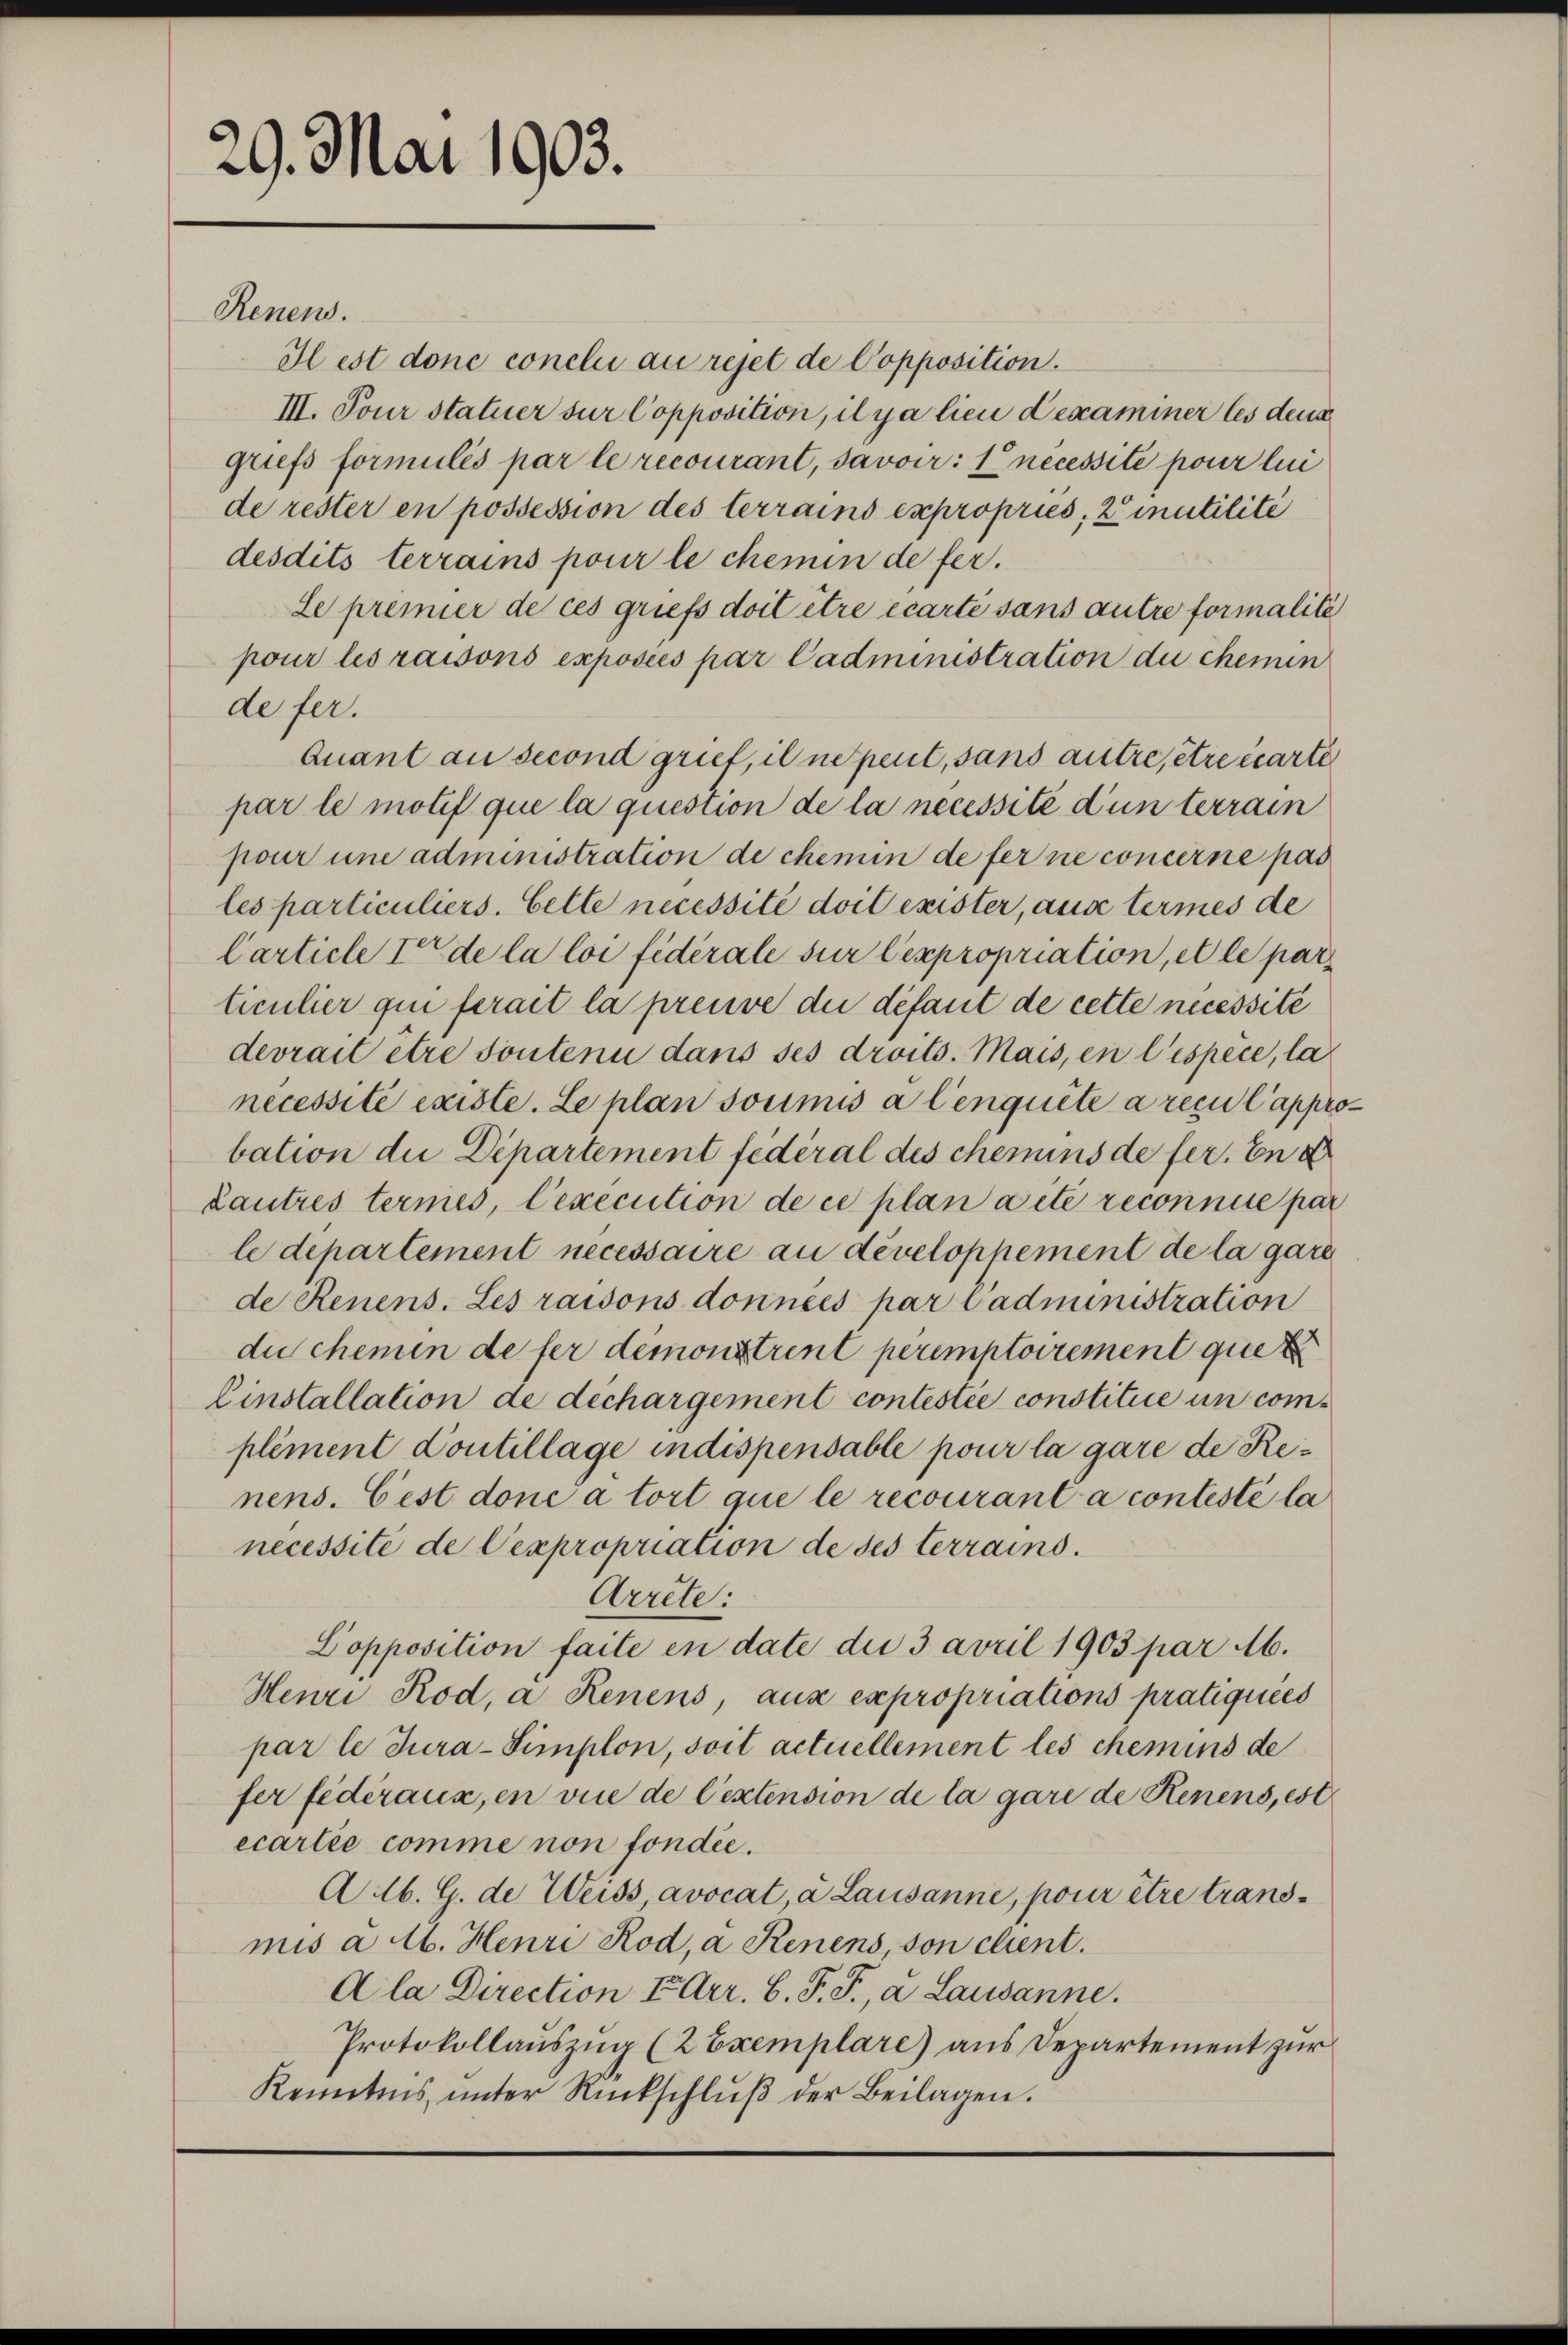
29. Mai 1903.

Renens.

Hest donc conclu au rejet de Copposition.
III. Pour statuer sur Copposition, il y a lieu dexaminer les deus
griefs formulés par le recourant, savoir: 1° nécessite pour lei
de rester en possession des terrains expropries, Zinutilité
desdits terrains pour le chemin de fer¬
Le premier de ces griefs doit être écarte sans autre formalité
pour les raisons exposées par Cadministration du chemin
de fer.
Quant au second grief, il ne peut, sans autre, être carte
par le motif que la question de la necessité dunterrain
pour und administration de chemin de ferne concerne pas
les particuliers. Celle necessité doit exister, aus termes de
Carticle I de la loi fédérale sur lexpropriation, et le par
ticulier qui ferait la preuve du défaut de cette necessité
devrait être soutenu dans ses droits. Mais, en l’espèce, la
necessité existe. Le plan soumis à lenquête a reçu l’approbation die Departement fédéral des chemins de fer. End
Lautres termes, Cexecution de ce plan aite reconnue par
le departement necessaire an developpement de la gare
de Renens. Les raisons données par Cadministration
du chemen de fer demonstrent peremptoirement que
Einstallation de déchargement contestie constitue in complement Contillage indispensable pour la gare de Renens. Cest done a tort que le recourant à contesté la
necessité de Cexpropriation de ses terrains.
Arrête:
Dopposition faile in date die 3 avril 1903 par M.
Henri Rod, a Renens, aus expropriations pratiquées
par le Jura-Simplon, soit actuellement les chemins de
fer fédéraux, en vie de l’extension de la gare de Renens, est
ecartie comme non fondée.
Alb. G. de Weiss avocat, à Lausanne, pour être transmis à lb. Henri Rod, a Renens, son chent.
Ala Direction EArr. B. P. F., a Lausanne.
Protokollauszug (2 Exemplare) aus Departement zur
Kenntnis ŭnter Rückschlŭβ der Beilagen.